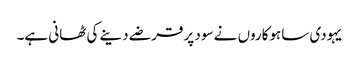
یہودی ساہوکاروں نے سود پر قرضے دینے کی ٹھانی ہے۔